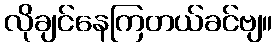
လိုချင်နေကြတယ်ခင်ဗျ။